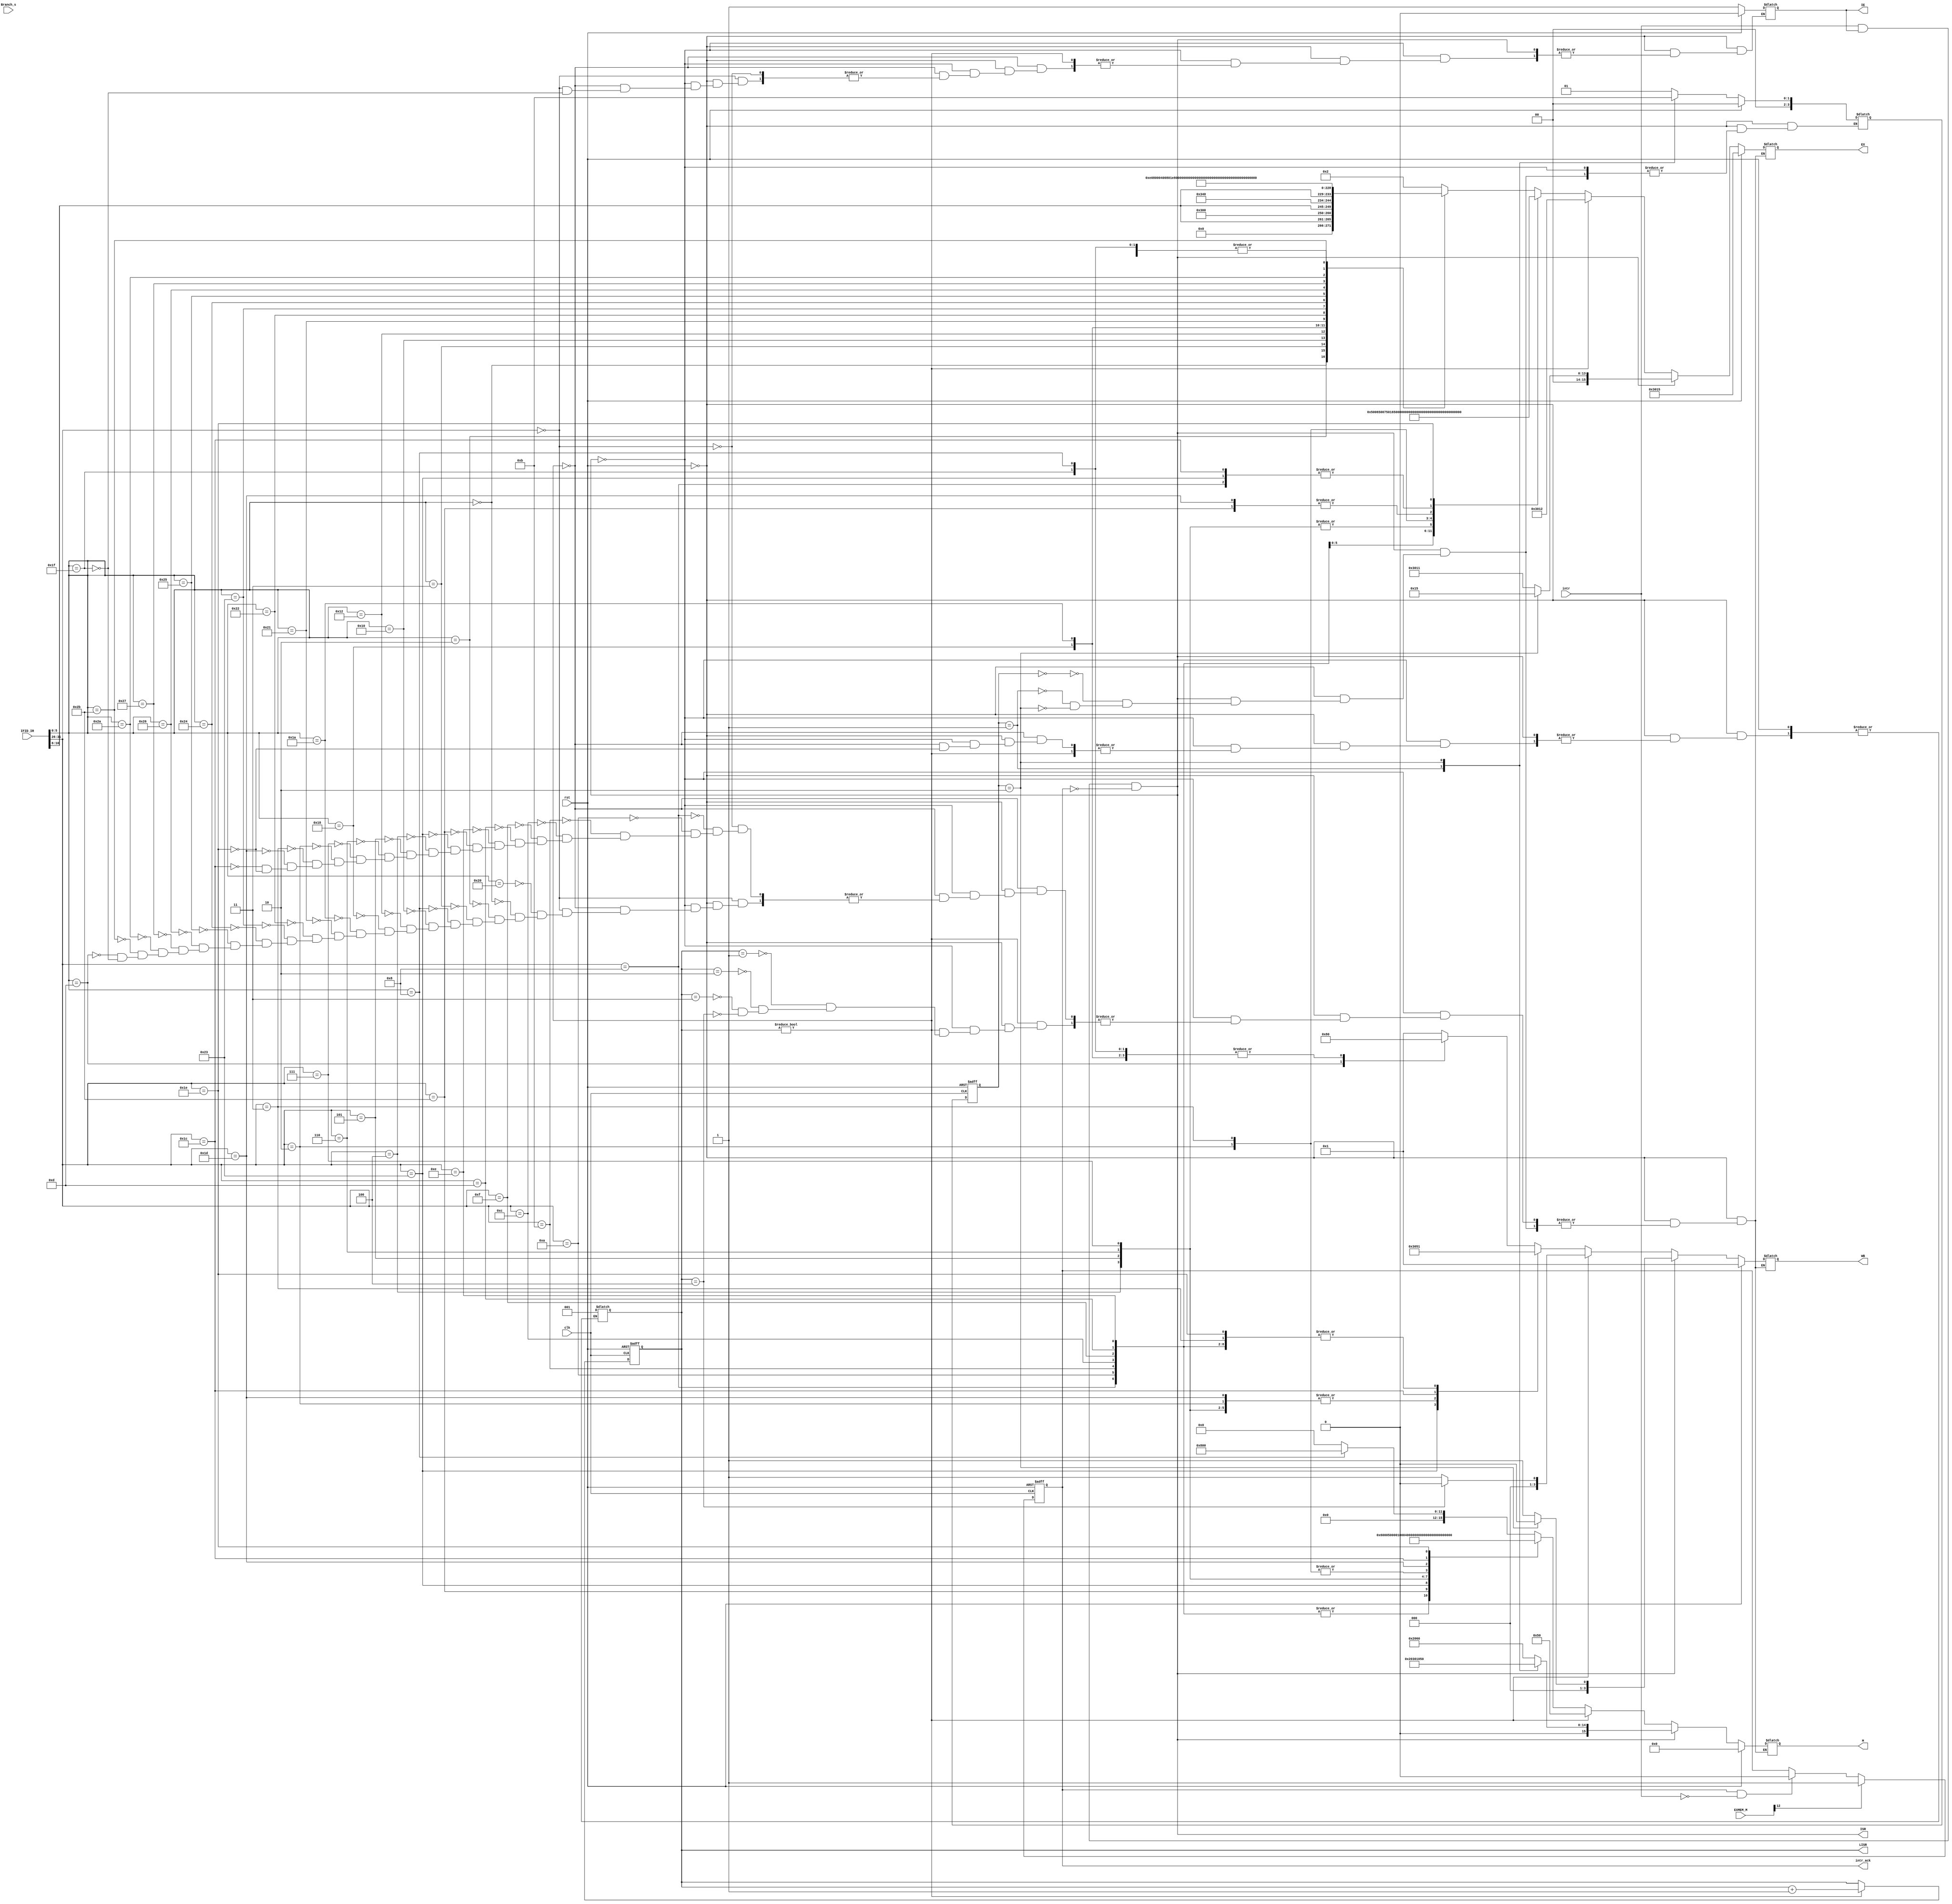
module Control_Unit(clk,rst,IE,ISR,LISR,EXMEM_M,IFID_IR,Branch_s,intr,intr_ack,
							EX,M,WB );
	
	input 				clk,rst; // clock, reset
	input 				Branch_s; // branch signal
	input 				intr; 	// interrupt
	input 	  [15:0] EXMEM_M; //EXMEM memory control word
	input 	  [31:0]	IFID_IR; // instruction register
	
	output 		[2:0] LISR;   // leave interrupt service routine
	output reg			intr_ack; // interrupt acknowledge
	output reg [15:0] EX;		 // execute control word - origin
	output reg [15:0] M;			 // memory control word - origin
	output reg  [3:0] WB;		 // write back control word - origin
	
//----------------------------------------------------------------------------------//
	////////////////////////////////////////////////////////////////////////////
	//		  Control Word BreakDown
	//		  ______________________________________________________
	// EX: | HILO_L | T_mux | Addr_mux | Y_mux | Shamt | Function |
	//		        15      14 13      12 11   10 9     5 4         0	
	//
	//		  ________________________________________IO___________M_______________
	// M:  | L | PC4 | Flag | IF | PC_in | JF | (cs,wr,rd) | (cs,wr,rd) | Branch |
	//       15    14     13   12      11   10 9          7 6          4 3      0 
	//      ________________________
	// WB: | Break | WB_Data | D_En |
	//            3 2       1      0
	////////////////////////////////////////////////////////////////////////////
	output wire ISR; // interupt sevice routine (used for setup)
	
	output reg IE; // interrupt enable
	 
	reg [2:0] LISR; // leave interrupt service routine
	
	////////////////////////////////////////////////////////////////////////////
	// All the R-type instructions are given parameter names in order to improve
	// legibility in the control block.
	////////////////////////////////////////////////////////////////////////////
	parameter r_type = 6'h00,	sll  = 6'h00,	srl  = 6'h02,	sra = 6'h03, 
				 jr 	  = 6'h08, 	mfhi = 6'h10, 	mflo = 6'h12, 	mul = 6'h18, 
				 div 	  = 6'h1A, 	add  = 6'h20,	addu = 6'h21,	sub = 6'h22, 
				 subu   = 6'h23, 	And  = 6'h24, 	Or   = 6'h25, 	Xor = 6'h26,
				 Nor 	  = 6'h27, 	slt  = 6'h2A,	sltu = 6'h2B, 	Break = 6'h0D, 
				 setie = 6'h1F;
	
	////////////////////////////////////////////////////////////////////////////
	// Just as the above instructions, all other instuctions are also given a 
	// parameter name.
	////////////////////////////////////////////////////////////////////////////
	parameter beq 	= 6'h04,	bne  = 6'h05,	blez  = 6'h06,	bgtz = 6'h07, 
				 addi = 6'h08,	slti = 6'h0A, 	sltiu = 6'h0B,	andi = 6'h0C, 
				 ori 	= 6'h0D, xori = 6'h0E, 	lui 	= 6'h0F, lw   = 6'h23,
				 sw   = 6'h2B, j 	  = 6'h02,  jal 	= 6'h03, Input = 6'h1C, 
				 Output = 6'h1D, reti = 6'h1E, e_key = 6'h1F;
				 
	 
	//	Start the interupt service routine when the interupt enable is active,
	// interupt is active high, and it has not been acknowledged yet.
	assign ISR = intr & IE & !intr_ack;			 
	
	

   reg	[3:0] ISR_StepWire; // These registers are used as counters in order
   reg   [3:0] ISR_StepReg;  // to allow the ISR to properly set up.
   
	////////////////////////////////////////////////////////////////////////////
	// Here the counter for the ISR is incremented on every clock tick 
	// allowing for proper stage to stage setup.
	////////////////////////////////////////////////////////////////////////////
   always@(posedge clk, posedge rst)
      if(rst) ISR_StepReg <= 4'b0;
      else    ISR_StepReg <= ISR_StepWire;
   
	////////////////////////////////////////////////////////////////////////////
	// This counter is used to allow the cpu to exit the ISR allowing it 
	// enough time to properly pop the pc and flags.
	////////////////////////////////////////////////////////////////////////////
	always@(posedge clk, posedge rst)
		if(rst) LISR = 0;else
		if(LISR) LISR = LISR +1 ;
					
	////////////////////////////////////////////////////////////////////////////
	// Synchronous block that acknowldges the interrupt once the setup has been
	// completed. Acknowledging the interrupt ends the setup and enters the ISR.
	////////////////////////////////////////////////////////////////////////////
	always@(posedge clk, posedge rst)
		if(rst) intr_ack = 0;else
		if(EXMEM_M[12]) intr_ack = 1'b1;else // when int. flag is high ack = 1
		if(intr_ack &(intr == 0)) intr_ack = 0;else // turn of ack after
										 intr_ack = intr_ack; // idle state
										 
	////////////////////////////////////////////////////////////////////////////
	// The control unit, the control words for each instructions coming into the 
	// pipeline are determenined here based on the type of instruction as well
	// as the op codes and values in the instruction register(IR).
	////////////////////////////////////////////////////////////////////////////
	always @(*)begin
		if(rst)begin				
			EX = 16'b0_0_11_00_00000_10101; 	//$sp setup mod 13
			M = 16'b0_0_0_0_0_0_000_000_0000;//
			WB = 4'b0_0_0_1;					   //
		

			IE = 1'b0;
			ISR_StepWire= 0;
			
		end
		else if(ISR)begin
				case(ISR_StepReg)
         
				//store flags
            4'h0: begin//Step 1 stores current PC at $ra *NOTE: This is just for module 13, 14 will do the $sp pointer store
                  //also increment the ISR_Step
                  //Control_EX  = Set up the YMUX to pass in the PC4 Value, and toggle the WB Dest. to be $ra
                  //Control_M   = Do nothing in this stage
                  //Control_WB  = WRITE to R[31] the $ra
							EX = 16'b0_0_11_00_00000_10001;
							M = 16'b0_0_1_0_0_0_000_110_0000;
							WB = 4'b0_00_1;
                     ISR_StepWire = 4'h1;
                  end
                  
            4'h1: begin
								//store pc
								//Step Loads the PC with the the value from dMEM[0x3FC]
                       //need to add in the appropriate hardware for this to work
                       //Control_EX  = use appropriate setup for getting RS to be $31 = $ra
                       //Control_M   = Take the Value read from dMEM[0x3FC] and jump to it *add hardware
                       //Control_WB  = do nothing
								EX = 16'b0_0_11_00_00000_10001;
								M = 16'b0_1_0_0_0_0_000_110_0000;
								WB = 4'b0_00_1; 
								ISR_StepWire = 4'h2;
								
								
							
                  end
					4'h2:begin
					// jump to isr
								EX = 16'b0_0_00_00_00000_10101;
								M = 16'b0_0_0_1_0_0_000_101_0000;
								WB = 4'b0_00_0; 
								ISR_StepWire = 4'h3;
					end
         endcase
 
	
	
		end
		else
		if(LISR)	//
			case(LISR)	
			//
			 3'b001:begin
				EX = 16'b0_0_11_00_00000_10010;
				M = 16'b0_0_0_0_0_0_000_101_0000;
				WB = 4'b0_00_1; end
			 //
			 3'b010:begin
				EX = 16'b0_0_11_00_00000_10010;
				M = 16'b0_0_0_0_0_0_000_101_0000;
				WB = 4'b0_00_1;end
			 //
			 3'b011:begin
				EX = 16'b0_0_11_00_00000_10010;
				M = 16'b0_0_0_0_0_0_000_101_0000;
				WB = 4'b0_00_1;end
			 //
			 3'b100:begin
				EX = 16'b0_0_11_00_00000_10010;
				M = 16'b0_0_0_0_0_0_000_101_0000;
				WB = 4'b0_00_0;end
			endcase
		else
		case(IFID_IR[31:26])
			r_type:
				case(IFID_IR[5:0])
					add: begin
							EX = 16'b0_0_00_00_00000_00010;
							M = 16'b0_0_0_0_0_0_000_000_0000;
							WB = 4'b0_0_0_1; end
	
					sll: begin
							EX = {6'b0_0_00_00,IFID_IR[10:6],5'b01100};
							M = 16'b0_0_0_0_0_0_000_000_0000;
							WB = 4'b0_0_0_1; end
					srl: begin
							EX = {6'b0_0_00_00,IFID_IR[10:6],5'b01101};
							M = 16'b0_0_0_0_0_0_000_000_0000;
							WB = 4'b0_0_0_1; end
					sra: begin
							EX = {6'b0_0_00_00,IFID_IR[10:6],5'b001110};
							M = 16'b0_0_0_0_0_0_000_000_0000;
							WB = 4'b0_0_0_1; end
					/////////////////////////////////////		
					jr: begin
							EX = 16'b0_0_00_00_00000_00000;
							M = 16'b0_0_0_0_1_0_000_000_0000;
							WB = 4'b0_0_0_0; end
					mfhi: begin
							EX = 16'b0_0_00_10_00000_00000;
							M = 16'b0_0_0_0_0_0_000_000_0000;
							WB = 4'b0_0_0_1; end
					mflo: begin
							EX = 16'b0_0_00_01_00000_00000;
							M = 16'b0_0_0_0_0_0_000_000_0000;
							WB = 4'b0_0_0_1; end
					mul: begin
							EX = 16'b1_0_00_00_00000_11110;
							M = 16'b0_0_0_0_0_0_000_000_0000;
							WB = 4'b0_0_0_0; end
					div: begin
							EX = 16'b1_0_00_00_00000_11111;
							M = 16'b0_0_0_0_0_0_000_000_0000;
							WB = 4'b0_0_0_0; end
					//////////////////////////////////////
			
					addu: begin
							EX = 16'b0_0_00_00_00000_00100;
							M = 16'b0_0_0_0_0_0_000_000_0000;
							WB = 4'b0_0_0_1; end
					sub: begin
							EX = 16'b0_0_00_00_00000_00011;
							M = 16'b0_0_0_0_0_0_000_000_0000;
							WB = 4'b0_0_0_1; end
					subu: begin
							EX = 16'b0_0_00_00_00000_00101;
							M = 16'b0_0_0_0_0_0_000_000_0000;
							WB = 4'b0_0_0_1; end
					And: begin
							EX = 16'b0_0_00_00_00000_01000;
							M = 16'b0_0_0_0_0_0_000_000_0000;
							WB = 4'b0_0_0_1; end
					Or: begin
							EX = 16'b0_0_00_00_00000_01001;
							M = 16'b0_0_0_0_0_0_000_000_0000;
							WB = 4'b0_0_0_1; end
					Xor: begin
							EX = 16'b0_0_00_00_00000_01010;
							M = 16'b0_0_0_0_0_0_000_000_0000;
							WB = 4'b0_0_0_1; end
					Nor: begin
							EX = 16'b0_0_00_00_00000_01011;
							M = 16'b0_0_0_0_0_0_000_000_0000;
							WB = 4'b0_0_0_1; end
					slt: begin
							EX = 16'b0_0_00_00_00000_00110;
							M = 16'b0_0_0_0_0_0_000_000_0000;
							WB = 4'b0_0_0_1; end
					sltu: begin
							EX = 16'b0_0_00_00_00000_00111;
							M = 16'b0_0_0_0_0_0_000_000_0000;
							WB = 4'b0_0_0_1; end
							
					Break: begin
							EX = 16'b0_0_00_00_00000_00000;
							M = 16'b0_0_0_0_0_0_000_000_0000;
							WB = 4'b1_0_0_0; end
							
					setie: begin
							EX = 16'b0_0_00_00_00000_00000;
							M = 16'b0_0_0_0_0_0_000_000_0000;
							WB = 4'b0_0_0_0; 
							IE = 1'b1;end
							
				endcase
			addi: begin
							EX = 16'b0_1_01_00_00000_00010;
							M = 16'b0_0_0_0_0_0_000_000_0000;
							WB = 4'b0_0_0_1; end
			slti: begin
							EX = 16'b0_1_01_00_00000_00110;
							M = 16'b0_0_0_0_0_0_000_000_0000;
							WB = 4'b0_0_0_1; end
			sltiu: begin
							EX = 16'b0_1_01_00_00000_00111;
							M = 16'b0_0_0_0_0_0_000_000_0000;
							WB = 4'b0_0_0_1; end
		   andi: begin
							EX = 16'b0_1_01_00_00000_10110;
							M = 16'b0_0_0_0_0_0_000_000_0000;
							WB = 4'b0_0_0_1; end
			lui: begin
							EX = 16'b0_1_01_00_00000_11000;
							M = 16'b0_0_0_0_0_0_000_000_0000;
							WB = 4'b0_0_0_1; end				
			ori: begin
							EX = 16'b0_1_01_00_00000_10111;
							M = 16'b0_0_0_0_0_0_000_000_0000;
							WB = 4'b0_0_0_1; end
			xori: begin
							EX = 16'b0_1_01_00_00000_11001;
							M = 16'b0_0_0_0_0_0_000_000_0000;
							WB = 4'b0_0_0_1; end
			sw: begin
							EX = 16'b0_1_00_00_00000_00010;
							M = 16'b0_0_0_0_0_0_000_110_0000;
							WB = 4'b0_0_0_0; end
			lw: begin
							EX = 16'b0_1_01_00_00000_00010;
							M = 16'b0_0_0_0_0_0_000_101_0000;
							WB = 4'b0_0_1_1; end
							
			beq: begin
							EX = 16'b0_0_00_00_00000_00011;
							M = 16'b0_0_0_0_0_0_000_000_0001;
							WB = 4'b0_0_0_0; end
							
			bne: begin
							EX = 16'b0_0_00_00_00000_00011;;
							M = 16'b0_0_0_0_0_0_000_000_0010;
							WB = 4'b0_00_0; end
			blez: begin
							EX = 16'b0_0_00_00_00000_00011;
							M = 16'b0_0_0_0_0_0_000_000_0100;
							WB = 4'b0_00_0; end
			bgtz: begin
							EX = 16'b0_0_00_00_00000_00011;
							M = 16'b0_0_0_0_0_0_000_000_1000;
							WB = 4'b0_00_0; end
							
			j: begin
							EX = 16'b0_0_10_11_00000_00000;
							M = 16'b0_0_0_0_0_1_000_000_0000;
							WB = 4'b0_00_0; end
			jal: begin
							EX = 16'b0_0_10_11_00000_00010;
							M = 16'b0_0_0_0_0_1_000_000_0000;
							WB = 4'b0_00_1; end
			Output: begin
							EX = 16'b0_1_00_00_00000_00010;
							M = 16'b0_0_0_0_0_0_110_000_0000;
							WB = 4'b0_00_0; end
			Input: begin
							EX = 16'b0_1_01_00_00000_00010;
							M = 16'b0_0_0_0_0_0_101_000_0000;
							WB = 4'b0_10_1; end
							
			reti: begin
							EX = 16'b0_0_11_00_00000_00000;
							M = 16'b1_0_0_0_0_0_000_101_0000;
							WB = 4'b0_00_1; 
							LISR = 1; end
		endcase
	end

endmodule